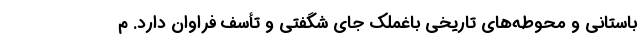
باستانی و محوطه‌های تاریخی باغملک جای شگفتی و تأسف فراوان دارد. م